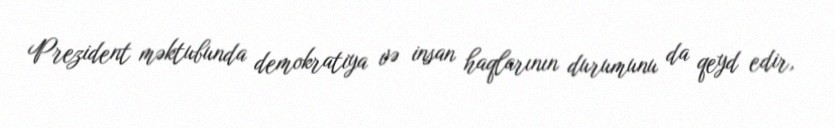
Prezident məktubunda demokratiya və insan haqlarının durumunu da qeyd edir,